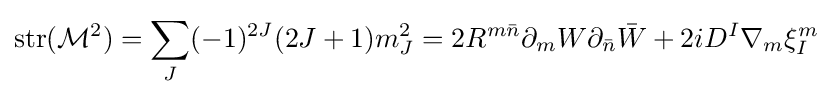
{\text{str}}({\mathcal {M}}^{2})=\sum _{J}(-1)^{2J}(2J+1)m_{J}^{2}=2R^{m{\bar {n}}}\partial _{m}W\partial _{\bar {n}}{\bar {W}}+2iD^{I}\nabla _{m}\xi _{I}^{m}